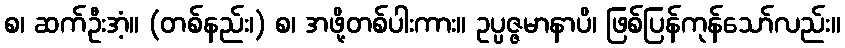
စ၊ ဆက်ဦးအံ့။ (တစ်နည်း၊) စ၊ အဖို့တစ်ပါးကား။ ဥပ္ပဇ္ဇမာနာပိ၊ ဖြစ်ပြန်ကုန်သော်လည်း။